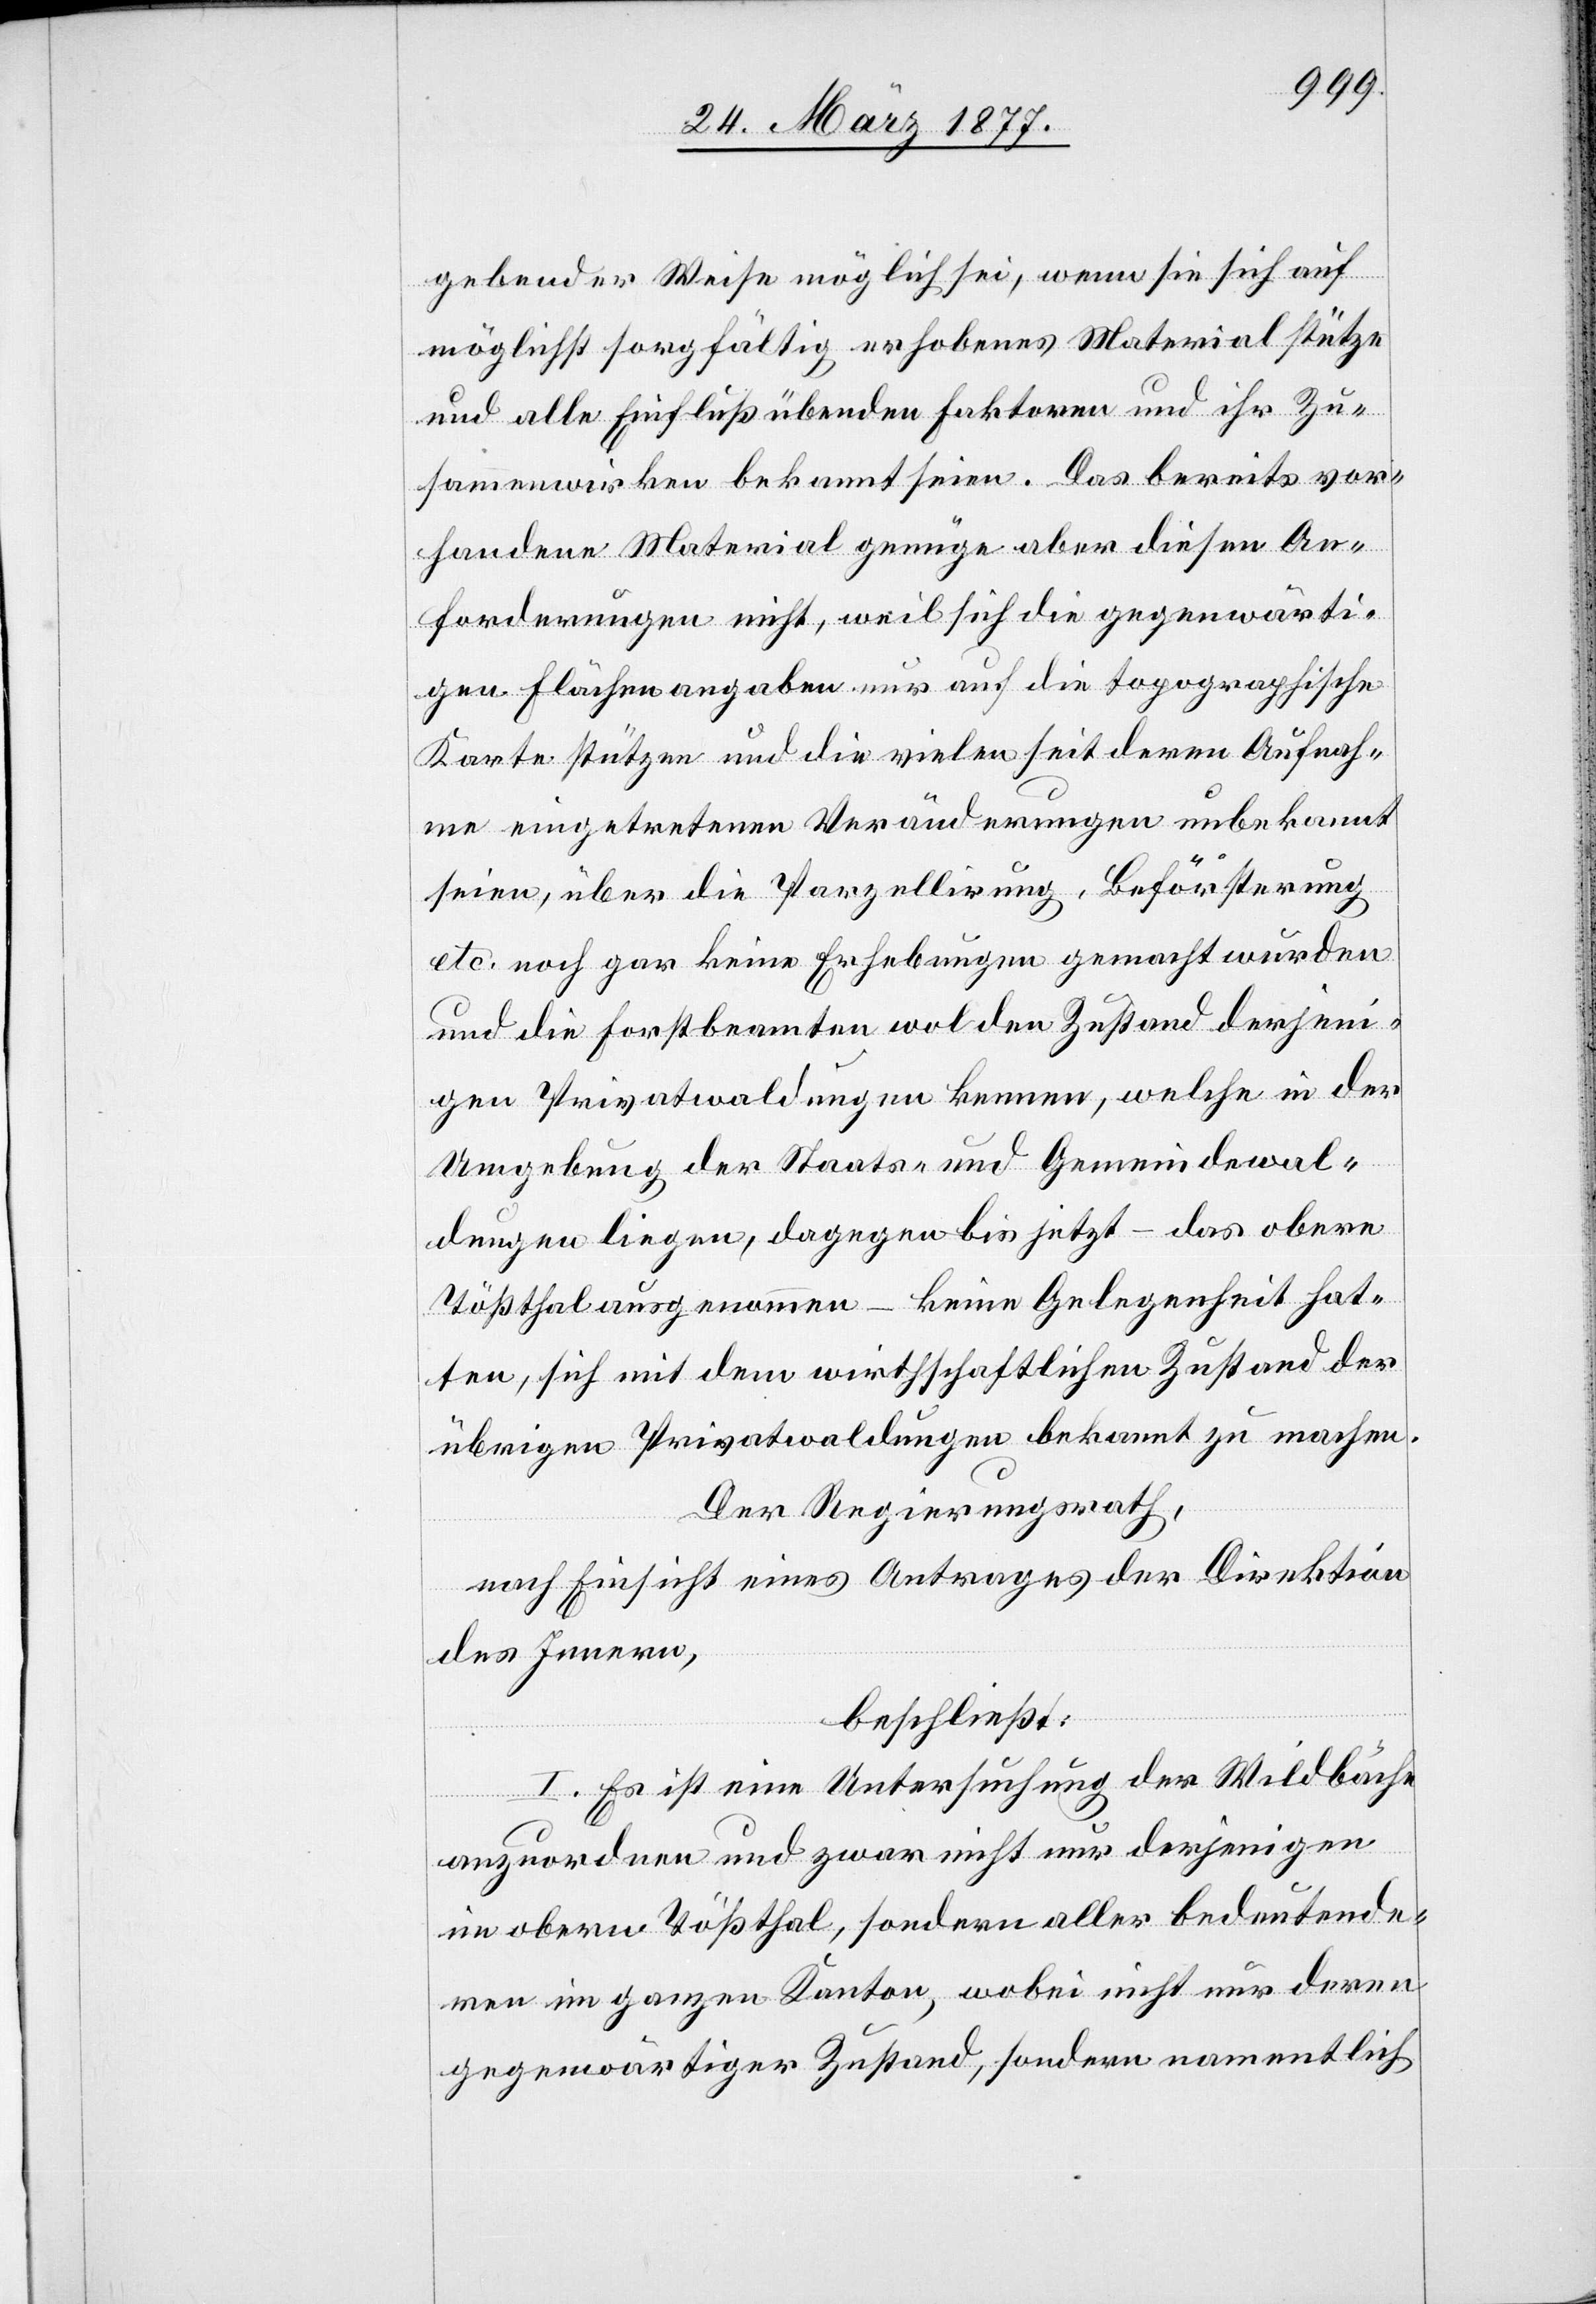
gebender Weise möglich sei, wenn sie sich auf
möglichst sorgfältig erhobenes Material stütze
und alle Einfluß übenden Faktoren und ihr Zu¬
sammenwirken bekannt seien. Das bereits vor¬
handene Material genüge aber diesen An¬
forderungen nicht, weil sich die gegenwärti¬
gen Flächenangaben nur auf die topographische
Karte stützen und die vielen seit deren Aufnah¬
me eingetretenen Veränderungen unbekannt
seien, über die Parzellirung, Beförsterung
etc. noch gar keine Erhebungen gemacht wurden
und die Forstbeamten wol den Zustand derjeni¬
gen Privatwaldungen kennen, welche in der
Umgebung der Staats- und Gemeindewal¬
dungen liegen, dagegen bis jetzt – das obere
Tößthal ausgenommen – keine Gelegenheit hat¬
ten, sich mit dem wirthschaftlichen Zustand der
übrigen Privatwaldungen bekannt zu machen.
Der Regierungsrath,
nach Einsicht eines Antrages der Direktion
des Innern,
beschließt:
I. Es ist eine Untersuchung der Wildbäche
anzuordnen und zwar nicht nur derjenigen
im obern Tößthal, sondern aller bedeutende¬
ren im ganzen Kanton, wobei nicht nur deren
gegenwärtiger Zustand, sondern namentlich